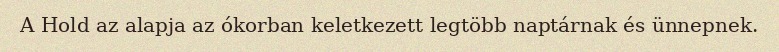
A Hold az alapja az ókorban keletkezett legtöbb naptárnak és ünnepnek.